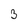
Character: 3